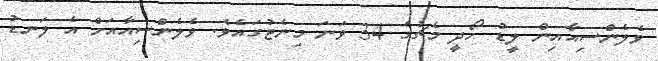
ވެލެންސިއާއިން ލީޑު ހޯދީ މެޗުގެ 34 ވަނަ މިނެޓުގައެވެ. ވެލެންސިއާއަށް އެ ލަނޑު